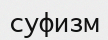
суфизм